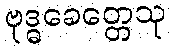
ဗုဒ္ဓခေတ္တေသု